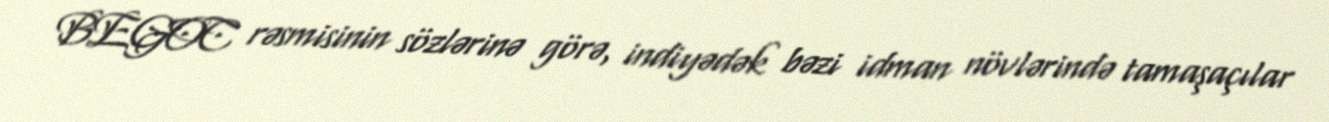
BEGOC rəsmisinin sözlərinə görə, indiyədək bəzi idman növlərində tamaşaçılar